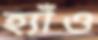
হ্যাঁও